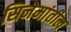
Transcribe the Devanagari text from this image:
सिनेमांतील